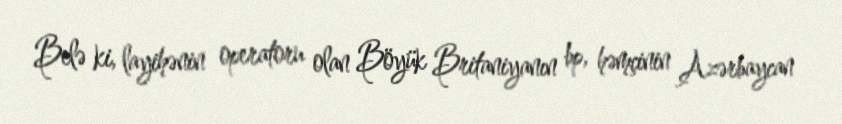
Belə ki, layihənin operatoru olan Böyük Britaniyanın bp, həmçinin Azərbaycan